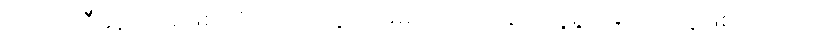
ဟာသညီနောင်အဖြစ်ပရိသတ်တွေကြားမှာထင်ရှားခဲ့တဲ့လူရွှင်တော်တွေဖြစ်ပါတယ်။